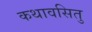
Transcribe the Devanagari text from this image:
कथावसितु